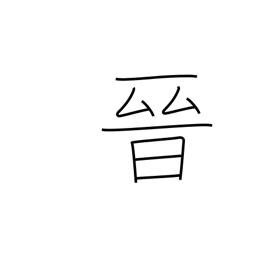
Meaning: advance